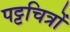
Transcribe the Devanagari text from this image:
पट्टचित्रों